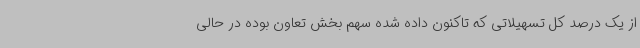
از یک درصد کل تسهیلاتی که تاکنون داده شده سهم بخش تعاون بوده در حالی